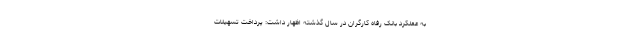
به عملکرد بانک رفاه کارگران در سال گذشته اظهار داشت: پرداخت تسهیلات